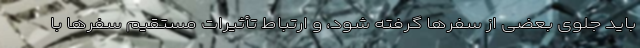
باید جلوی بعضی از سفرها گرفته شود، و ارتباط تأثیرات مستقیم سفرها با